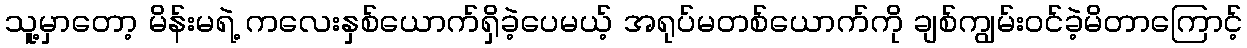
သူ့မှာတော့ မိန်းမရဲ့ ကလေးနှစ်ယောက်ရှိခဲ့ပေမယ့် အရုပ်မတစ်ယောက်ကို ချစ်ကျွမ်းဝင်ခဲ့မိတာကြောင့်